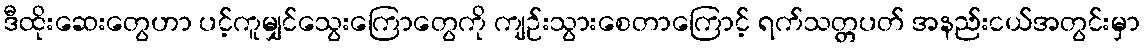
ဒီထိုးဆေးတွေဟာ ပင့်ကူမျှင်သွေးကြောတွေကို ကျဉ်းသွားစေတာကြောင့် ရက်သတ္တပတ် အနည်းငယ်အတွင်းမှာ